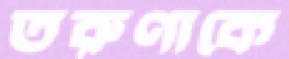
তরুণাকে